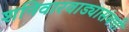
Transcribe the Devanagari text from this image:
शनिवारवाड्यासंबंधी